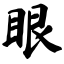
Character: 眼